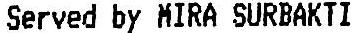
SERVED BY MIRA SUBRAKTI